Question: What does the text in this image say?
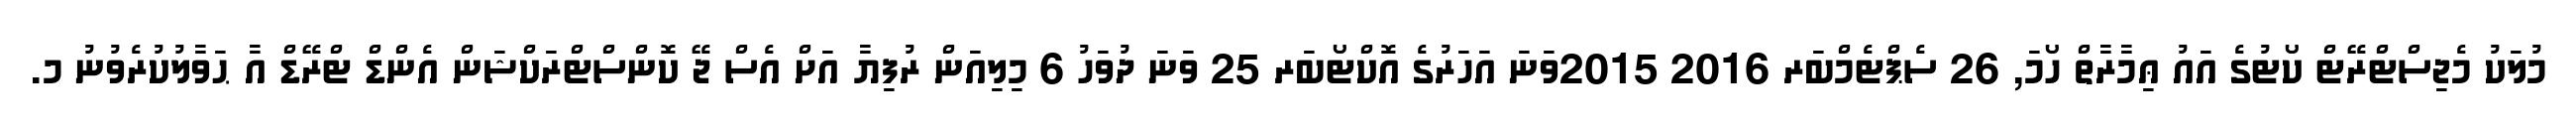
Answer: މުލަކު މެޖިސްޓްރޭޓް ކޯޓުގެ އައު ޢިމާރާތް ހޯމަ, 26 ސެޕްޓެމްބަރ 2016 2015ވަނަ އަހަރުގެ އޮކްޓޯބަރ 25 ވަނަ ދުވަހު 6 މިލިއަން ރުފިޔާ އަށް އެސް ޖޭ ކޮންސްޓްރަކްޝަން އެންޑް ޓްރޭޑް އާ ޙަވާލުކުރެވުނު މ.